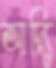
আদ্যি